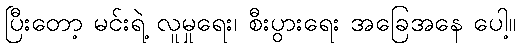
ပြီးတော့ မင်းရဲ့ လူမှုရေး၊ စီးပွားရေး အခြေအနေ ပေါ့။